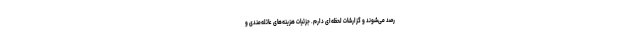
رصد می‌شوند و گزارشات لحظه‌ای دارم. جزئیات هزینه‌های عائله‌مندی و